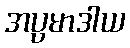
အပ္ပမာဒါယ